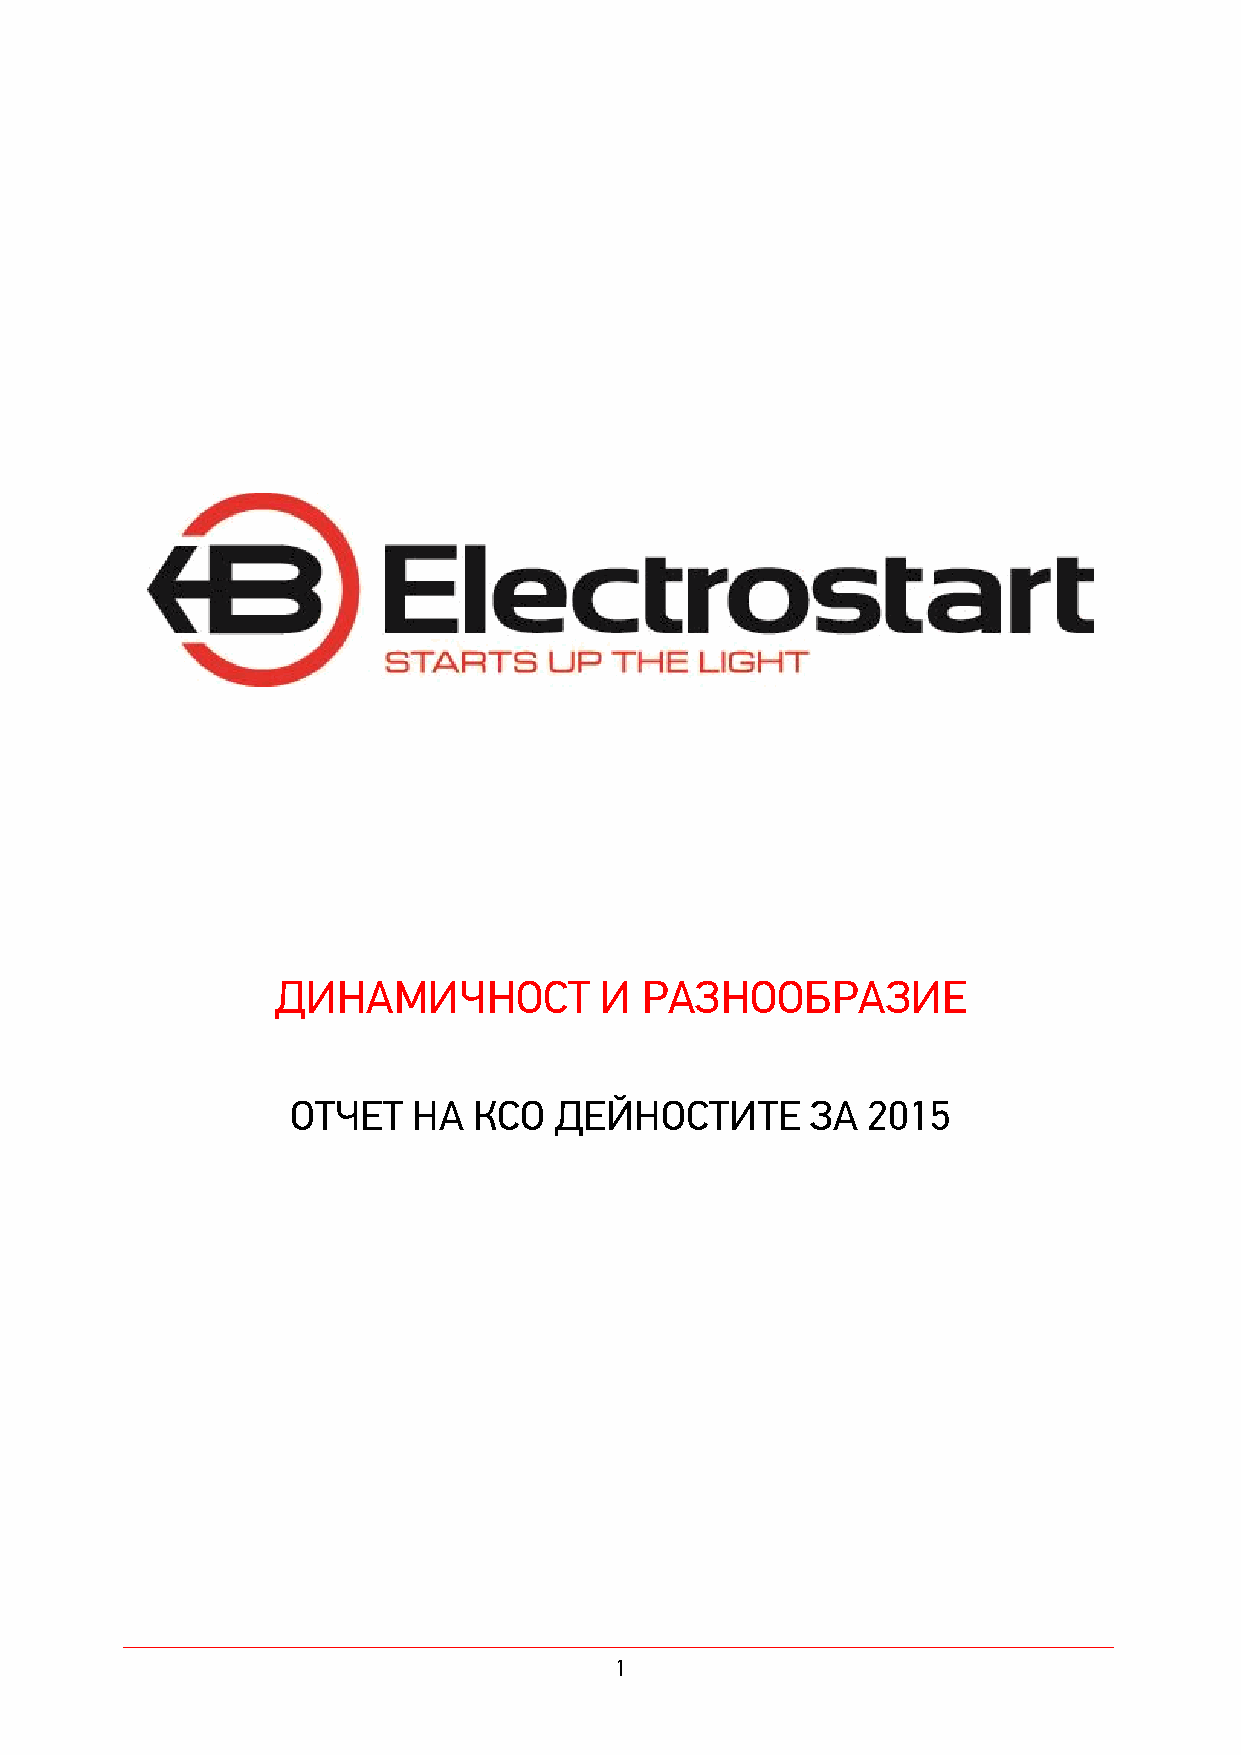
ДИНАМИЧНОСТ           И РАЗНООБРАЗИЕ
 ОТЧЕТ   НА  КСО   ДЕЙНОСТИТЕ       ЗА 2015
 1